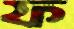
ফ